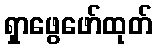
ရှာဖွေဖော်ထုတ်